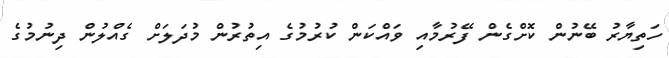
ހަތިޔާރު ބޭނުން ކޮށްގެން ފޭރުމާއި ވައްކަން ކުރުމުގެ އިތުރުން މުދަލަށް ގެއްލުން ދިނުމުގެ